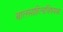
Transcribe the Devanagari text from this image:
बालसाहित्यविषयक